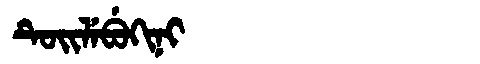
Manchu: ᡨᡠᡳᠯᡝᠪᡠᡴᡳᠨᡳ
Romanization: TUILEBUKINI